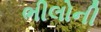
ભીલોની